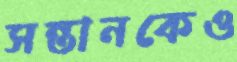
সন্তানকেও